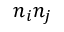
n _ { i } n _ { j }